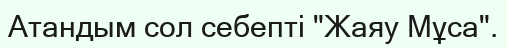
Атандым сол себепті "Жаяу Мұса".